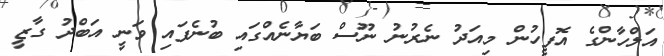
އަލްހާންގެ އޮފީހުން މިއަދު ނެރުނު ނޫސް ބަޔާނެއްގައި ބުނެފައި ވަނީ އަބްދު ގާޒީ